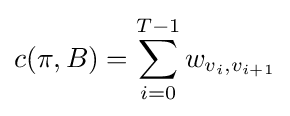
c(\pi ,B)=\sum _{i=0}^{T-1}w_{v_{i},v_{i+1}}